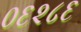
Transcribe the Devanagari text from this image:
०६२८६